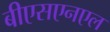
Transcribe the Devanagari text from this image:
बीएसएनएल